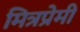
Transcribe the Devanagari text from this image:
मित्रप्रेमी